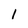
Character: l